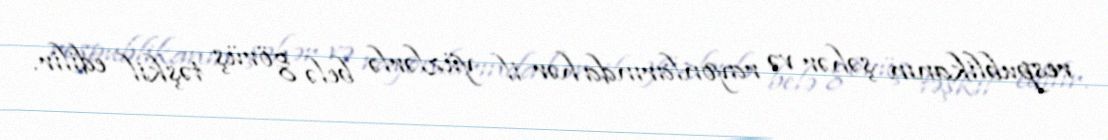
respublikanın şəhər və rayonlarında hər il yüzlərlə belə görüş təşkil edilir.